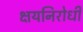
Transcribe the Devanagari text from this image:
क्षयनिरोधी